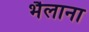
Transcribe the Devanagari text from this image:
भैलाना